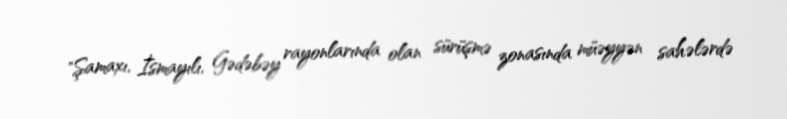
"Şamaxı, İsmayılı, Gədəbəy rayonlarında olan sürüşmə zonasında müəyyən sahələrdə